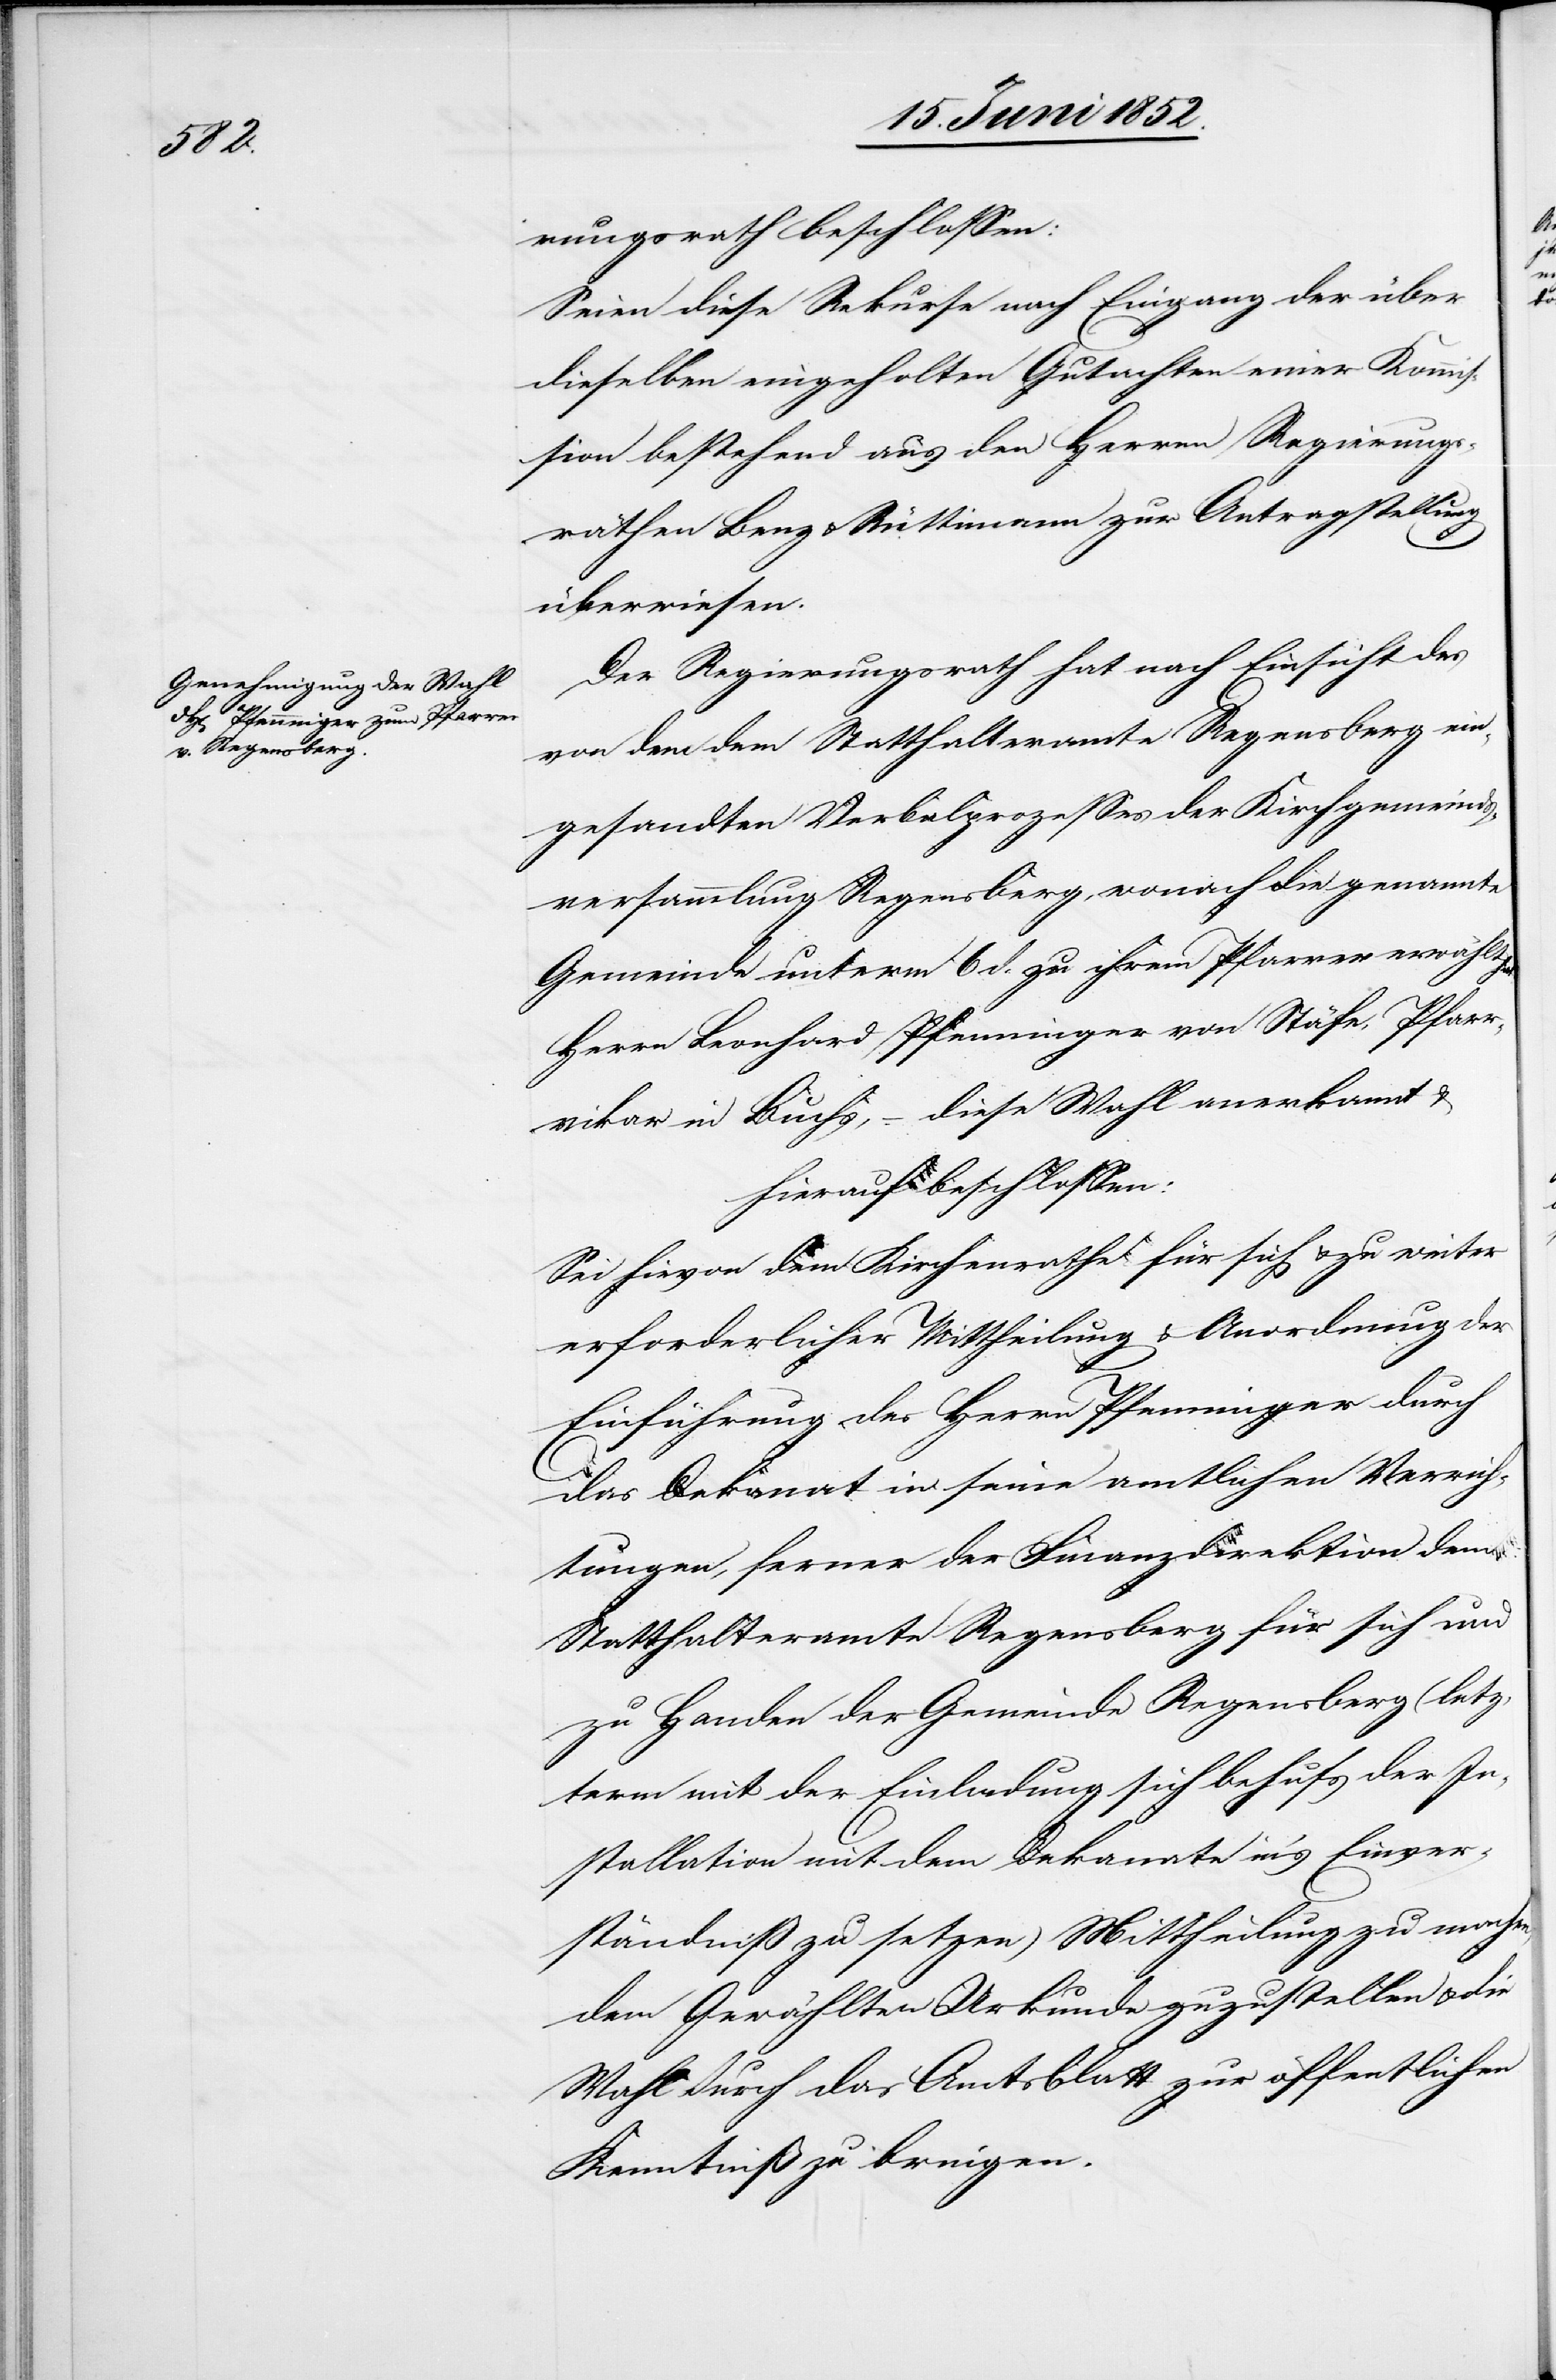
Pfar¬

rungsrath beschlossen:
Seien diese Rekurse nach Eingang der über
dieselben eingeholten Gutachten einer Kommis¬
sion bestehend aus den Herren Regierungs¬
räthen Benz & Rüttimann zur Antragstellung
überwiesen.
Der Regierungsrath hat nach Einsicht des
von dem dem Statthalteramte Regensberg ein¬
gesandten Verbalprozesses der Kirchgemeinds¬
versammlung Regensberg, wonach die genannte
Gemeinde unterm 6 d. zu ihrem Pfarrer erwählt
Herrn Leonhard Pfenninger von Stäfe [recte:
rvikar in Buchs, – diese Wahl anerkannt &
hierauf beschlossen:
Sei hievon dem Kirchenrathe für sich & zu weiter
erforderlicher Mittheilung & Anordnung der
Einführung des Herrn Pfenninger durch
das Dekanat in seine amtlichen Verrich¬
tungen, ferner der Finanzdirektion[,] dem
Statthalteramte Regensberg für sich und
zu Handen der Gemeinde Regensberg (letz¬
term mit der Einladung sich behufs der In¬
stallation mit dem Dekanate in’s Einver¬
ständniß zu setzen) Mittheilung zu machen,
dem Gewählten Urkunde zuzustellen & die
Wahl durch das Amtsblatt zur öffentlichen
Kenntniß zu bringen.